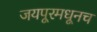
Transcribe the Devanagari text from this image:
जयपूरमधूनच